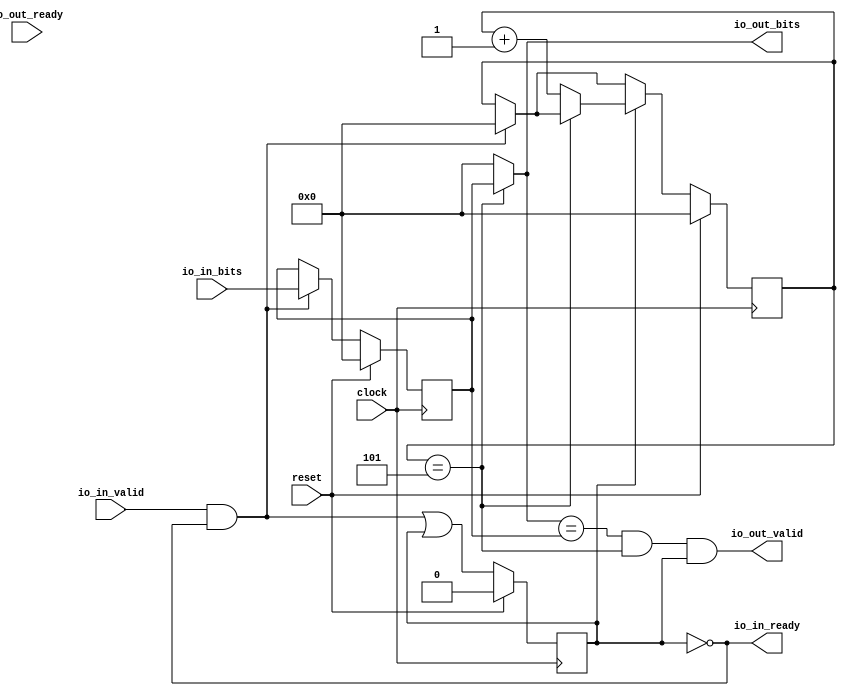
module ExampleModule(
  input         clock,
  input         reset,
  output        io_in_ready,
  input         io_in_valid,
  input  [15:0] io_in_bits,
  input         io_out_ready,
  output        io_out_valid,
  output [15:0] io_out_bits
);
`ifdef RANDOMIZE_REG_INIT
  reg [31:0] _RAND_0;
  reg [31:0] _RAND_1;
  reg [31:0] _RAND_2;
`endif // RANDOMIZE_REG_INIT
  reg  busy; // @[InterpreterVerilatorConsistencySpec.scala 20:17]
  reg [15:0] in_reg; // @[InterpreterVerilatorConsistencySpec.scala 21:21]
  wire  _T_19 = ~busy; // @[InterpreterVerilatorConsistencySpec.scala 22:18]
  wire  _T_22 = io_in_valid & _T_19; // @[InterpreterVerilatorConsistencySpec.scala 24:20]
  wire  _GEN_1 = io_in_valid & _T_19 | busy; // @[InterpreterVerilatorConsistencySpec.scala 24:30 InterpreterVerilatorConsistencySpec.scala 26:10 InterpreterVerilatorConsistencySpec.scala 20:17]
  reg [15:0] wait_counter; // @[InterpreterVerilatorConsistencySpec.scala 29:25]
  wire [15:0] _GEN_2 = _T_22 ? 16'h0 : wait_counter; // @[InterpreterVerilatorConsistencySpec.scala 31:30 InterpreterVerilatorConsistencySpec.scala 32:18 InterpreterVerilatorConsistencySpec.scala 29:25]
  wire  _T_30 = wait_counter == 16'h5; // @[InterpreterVerilatorConsistencySpec.scala 36:23]
  wire  _T_32 = ~(wait_counter == 16'h5); // @[InterpreterVerilatorConsistencySpec.scala 36:40]
  wire [15:0] _T_36 = wait_counter + 16'h1; // @[InterpreterVerilatorConsistencySpec.scala 40:36]
  assign io_in_ready = ~busy; // @[InterpreterVerilatorConsistencySpec.scala 22:18]
  assign io_out_valid = io_out_bits == in_reg & _T_30 & busy; // @[InterpreterVerilatorConsistencySpec.scala 44:78]
  assign io_out_bits = _T_32 ? 16'h0 : in_reg; // @[InterpreterVerilatorConsistencySpec.scala 38:17 InterpreterVerilatorConsistencySpec.scala 39:19]
  always @(posedge clock) begin
    if (reset) begin // @[InterpreterVerilatorConsistencySpec.scala 20:17]
      busy <= 1'h0; // @[InterpreterVerilatorConsistencySpec.scala 20:17]
    end else begin
      busy <= _GEN_1;
    end
    if (reset) begin // @[InterpreterVerilatorConsistencySpec.scala 21:21]
      in_reg <= 16'h0; // @[InterpreterVerilatorConsistencySpec.scala 21:21]
    end else if (io_in_valid & _T_19) begin // @[InterpreterVerilatorConsistencySpec.scala 24:30]
      in_reg <= io_in_bits; // @[InterpreterVerilatorConsistencySpec.scala 25:12]
    end
    if (reset) begin // @[InterpreterVerilatorConsistencySpec.scala 29:25]
      wait_counter <= 16'h0; // @[InterpreterVerilatorConsistencySpec.scala 29:25]
    end else if (busy) begin // @[InterpreterVerilatorConsistencySpec.scala 35:14]
      if (_T_32) begin // @[InterpreterVerilatorConsistencySpec.scala 38:17]
        wait_counter <= _T_36; // @[InterpreterVerilatorConsistencySpec.scala 40:20]
      end else begin
        wait_counter <= _GEN_2;
      end
    end else begin
      wait_counter <= _GEN_2;
    end
    `ifndef SYNTHESIS
    `ifdef PRINTF_COND
      if (`PRINTF_COND) begin
    `endif
        if (~reset) begin
          $fwrite(32'h80000002,
            "From printf -- in: ready %d   valid %d   value %d  -- out:  ready %d  valid %d  value %d\n",io_in_ready,
            io_in_valid,io_in_bits,io_out_ready,io_out_valid,io_out_bits); // @[InterpreterVerilatorConsistencySpec.scala 46:9]
        end
    `ifdef PRINTF_COND
      end
    `endif
    `endif // SYNTHESIS
  end
// Register and memory initialization
`ifdef RANDOMIZE_GARBAGE_ASSIGN
`define RANDOMIZE
`endif
`ifdef RANDOMIZE_INVALID_ASSIGN
`define RANDOMIZE
`endif
`ifdef RANDOMIZE_REG_INIT
`define RANDOMIZE
`endif
`ifdef RANDOMIZE_MEM_INIT
`define RANDOMIZE
`endif
`ifndef RANDOM
`define RANDOM $random
`endif
`ifdef RANDOMIZE_MEM_INIT
  integer initvar;
`endif
`ifndef SYNTHESIS
`ifdef FIRRTL_BEFORE_INITIAL
`FIRRTL_BEFORE_INITIAL
`endif
initial begin
  `ifdef RANDOMIZE
    `ifdef INIT_RANDOM
      `INIT_RANDOM
    `endif
    `ifndef VERILATOR
      `ifdef RANDOMIZE_DELAY
        #`RANDOMIZE_DELAY begin end
      `else
        #0.002 begin end
      `endif
    `endif
`ifdef RANDOMIZE_REG_INIT
  _RAND_0 = {1{`RANDOM}};
  busy = _RAND_0[0:0];
  _RAND_1 = {1{`RANDOM}};
  in_reg = _RAND_1[15:0];
  _RAND_2 = {1{`RANDOM}};
  wait_counter = _RAND_2[15:0];
`endif // RANDOMIZE_REG_INIT
  `endif // RANDOMIZE
end // initial
`ifdef FIRRTL_AFTER_INITIAL
`FIRRTL_AFTER_INITIAL
`endif
`endif // SYNTHESIS
endmodule